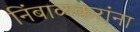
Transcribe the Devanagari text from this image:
निंबाळकरांना